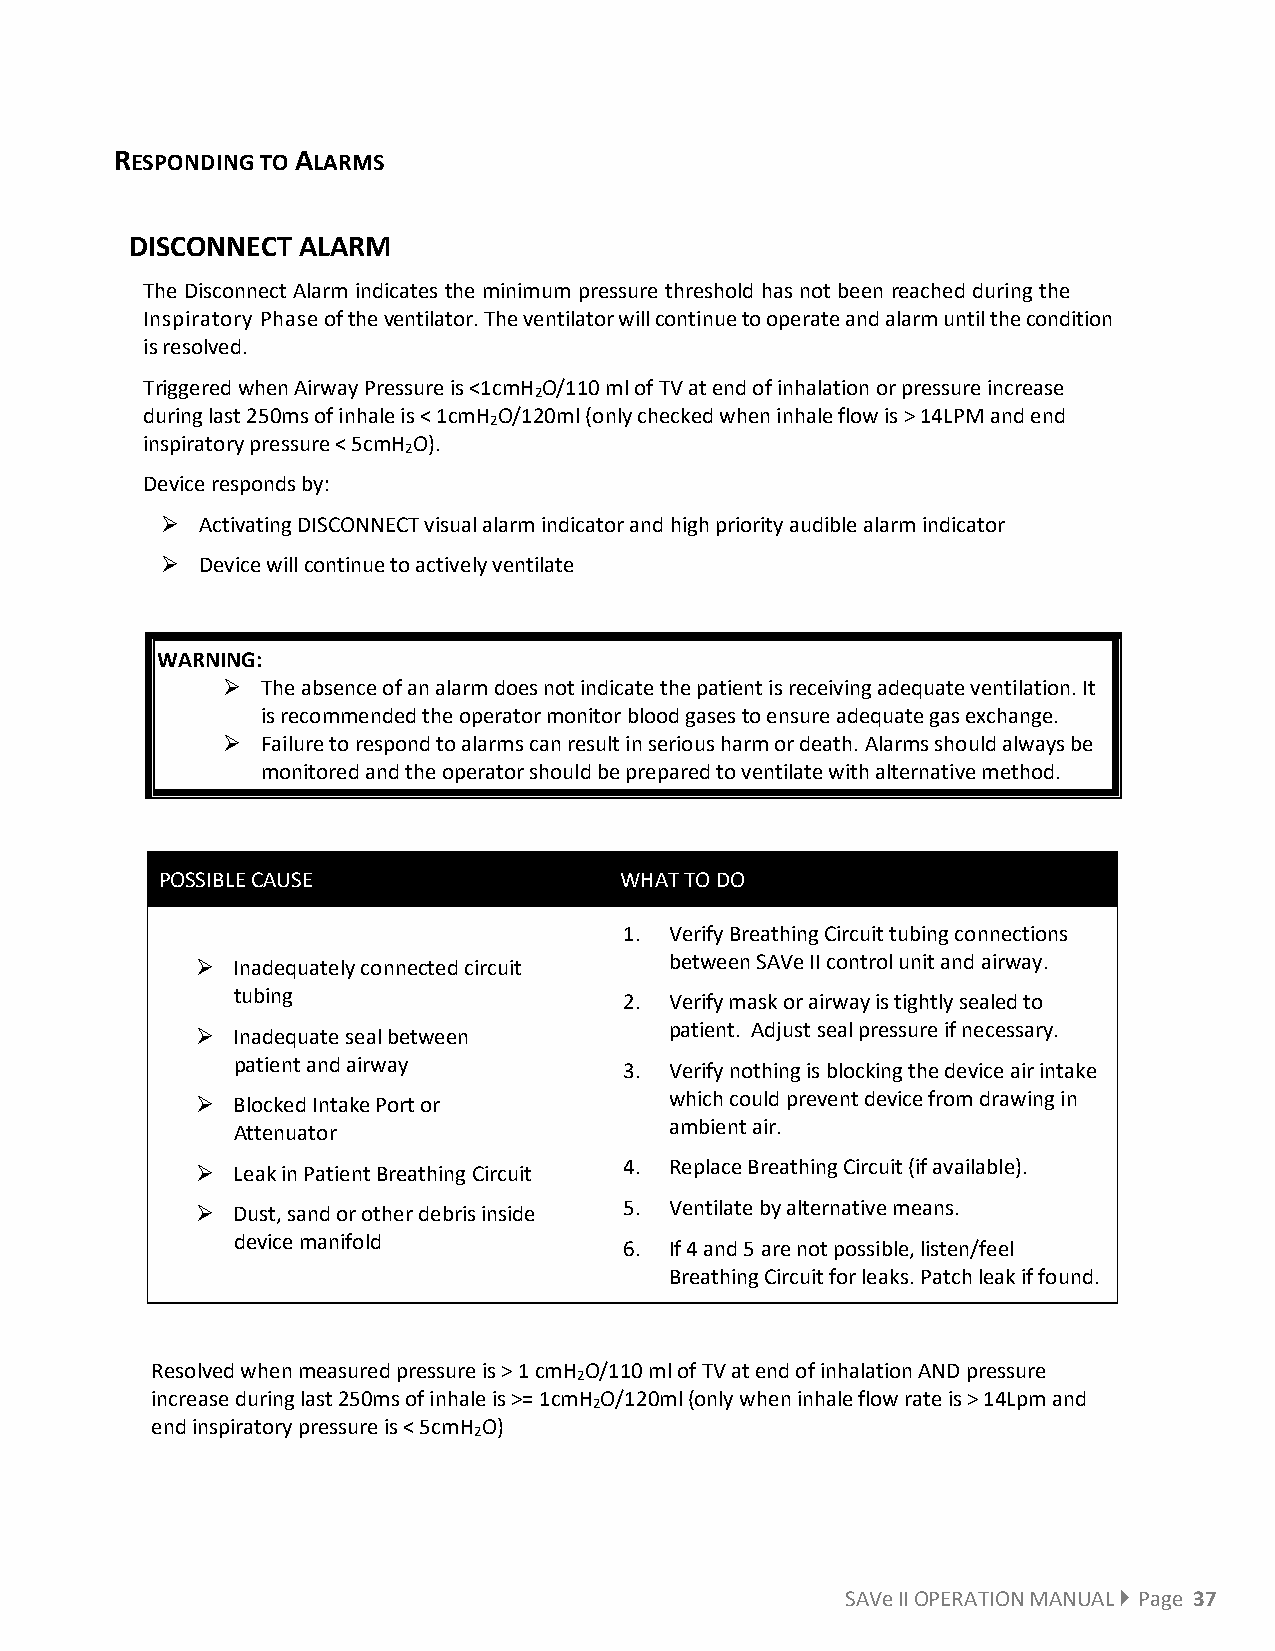
RESPONDING TO ALARMS
 DISCONNECT ALARM
 The Disconnect Alarm indicates the minimum pressure threshold has not been reached during the
 Inspiratory Phase of the ventilator. The ventilator will continue to operate and alarm until the condition
 is resolved.
 Triggered when Airway Pressure is <1cmH O/110 ml of TV at end of inhalation or pressure increase
 2
 during last 250ms of inhale is < 1cmH O/120ml (only checked when inhale flow is > 14LPM and end
 2
 inspiratory pressure < 5cmH O).
 2
 Device responds by:
  Activating DISCONNECT visual alarm indicator and high priority audible alarm indicator
  Device will continue to actively ventilate
 WARNING:
  The absence of an alarm does not indicate the patient is receiving adequate ventilation. It
 is recommended the operator monitor blood gases to ensure adequate gas exchange.
  Failure to respond to alarms can result in serious harm or death. Alarms should always be
 monitored and the operator should be prepared to ventilate with alternative method.
 POSSIBLE CAUSE                 WHAT TO DO
 1. Verify Breathing Circuit tubing connections
  Inadequately connected circuit between SAVe II control unit and airway.
 tubing
 2. Verify mask or airway is tightly sealed to
  Inadequate seal between      patient. Adjust seal pressure if necessary.
 patient and airway
 3. Verify nothing is blocking the device air intake
  Blocked Intake Port or       which could prevent device from drawing in
 Attenuator
 ambient air.
  Leak in Patient Breathing Circuit 4. Replace Breathing Circuit (if available).
  Dust, sand or other debris inside 5. Ventilate by alternative means.
 device manifold           6. If 4 and 5 are not possible, listen/feel
 Breathing Circuit for leaks. Patch leak if found.
 Resolved when measured pressure is > 1 cmH O/110 ml of TV at end of inhalation AND pressure
 2
 increase during last 250ms of inhale is >= 1cmH O/120ml (only when inhale flow rate is > 14Lpm and
 2
 end inspiratory pressure is < 5cmH O)
 2
 SAVe II OPERATION MANUAL  Page 37